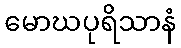
မောဃပုရိသာနံ